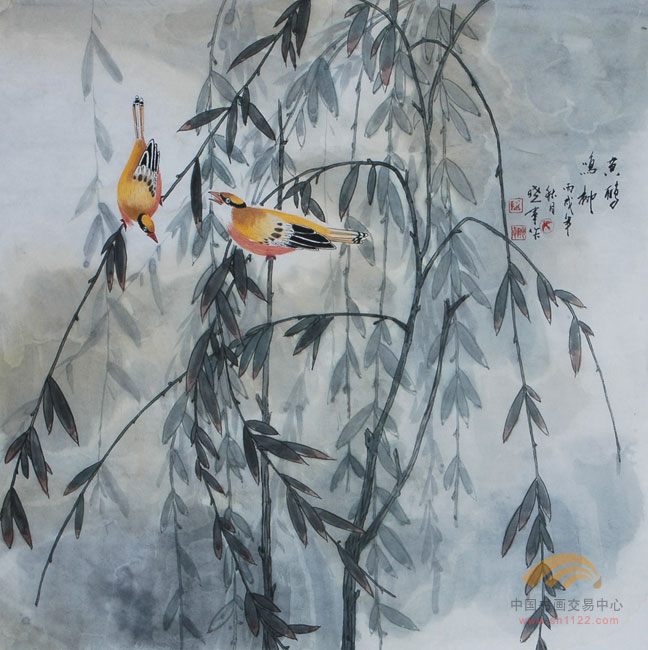
岸雨过城头，黄鹂上戍楼。